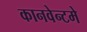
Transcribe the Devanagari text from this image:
कानवेन्टमे